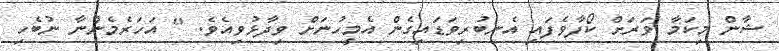
ޝާން މިކަމާ ވަރަށް ކޯފާވެފައި އެނބުރިވަޑައިގެން އެމީހުނަށް ވިދާޅުވިއެވެ. " އަހަރެމެންނާ ނުބެހި